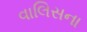
વાલિસના